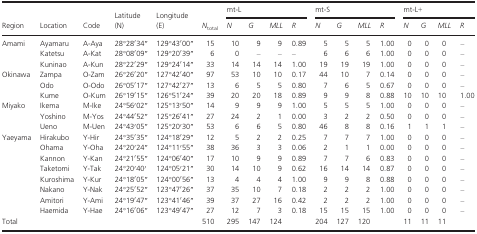
<table><thead><tr><td rowspan="2"><b>Region</b></td><td rowspan="2"><b>Location</b></td><td rowspan="2"><b>Code</b></td><td rowspan="2"><b>Latitude (N)</b></td><td rowspan="2"><b>Longitude (E)</b></td><td rowspan="2"><b><i>N</i><sub>total</sub></b></td><td colspan="4"><b>mt‐L</b></td><td colspan="4"><b>mt‐S</b></td><td colspan="4"><b>mt‐L+</b></td></tr><tr><td><b><i>N</i></b></td><td><b><i>G</i></b></td><td><b><i>MLL</i></b></td><td><b><i>R</i></b></td><td><b><i>N</i></b></td><td><b><i>G</i></b></td><td><b><i>MLL</i></b></td><td><b><i>R</i></b></td><td><b><i>N</i></b></td><td><b><i>G</i></b></td><td><b><i>MLL</i></b></td><td><b><i>R</i></b></td></tr></thead><tbody><tr><td>Amami</td><td>Ayamaru</td><td>A‐Aya</td><td>28°28′34′′</td><td>129°43′00′′</td><td>15</td><td>10</td><td>9</td><td>9</td><td>0.89</td><td>5</td><td>5</td><td>5</td><td>1.00</td><td>0</td><td>0</td><td>0</td><td>–</td></tr><tr><td></td><td>Katetsu</td><td>A‐Kat</td><td>28°08′09′′</td><td>129°20′39′′</td><td>6</td><td>0</td><td>–</td><td>–</td><td>–</td><td>6</td><td>6</td><td>6</td><td>1.00</td><td>0</td><td>0</td><td>0</td><td>–</td></tr><tr><td></td><td>Kuninao</td><td>A‐Kun</td><td>28°22′29′′</td><td>129°24′14′′</td><td>33</td><td>14</td><td>14</td><td>14</td><td>1.00</td><td>19</td><td>19</td><td>19</td><td>1.00</td><td>0</td><td>0</td><td>0</td><td>–</td></tr><tr><td>Okinawa</td><td>Zampa</td><td>O‐Zam</td><td>26°26′20′′</td><td>127°42′40′′</td><td>97</td><td>53</td><td>10</td><td>10</td><td>0.17</td><td>44</td><td>10</td><td>7</td><td>0.14</td><td>0</td><td>0</td><td>0</td><td>–</td></tr><tr><td></td><td>Odo</td><td>O‐Odo</td><td>26°05′17′′</td><td>127°42′27′′</td><td>13</td><td>6</td><td>5</td><td>5</td><td>0.80</td><td>7</td><td>6</td><td>5</td><td>0.67</td><td>0</td><td>0</td><td>0</td><td>–</td></tr><tr><td></td><td>Kume</td><td>O‐Kum</td><td>26°19′15′′</td><td>126°51′24′′</td><td>39</td><td>20</td><td>20</td><td>18</td><td>0.89</td><td>9</td><td>9</td><td>8</td><td>0.88</td><td>10</td><td>10</td><td>10</td><td>1.00</td></tr><tr><td>Miyako</td><td>Ikema</td><td>M‐Ike</td><td>24°56′02′′</td><td>125°13′50′′</td><td>14</td><td>9</td><td>9</td><td>9</td><td>1.00</td><td>5</td><td>5</td><td>5</td><td>1.00</td><td>0</td><td>0</td><td>0</td><td>–</td></tr><tr><td></td><td>Yoshino</td><td>M‐Yos</td><td>24°44′52′′</td><td>125°26′41′′</td><td>27</td><td>24</td><td>2</td><td>1</td><td>0.00</td><td>3</td><td>2</td><td>2</td><td>0.50</td><td>0</td><td>0</td><td>0</td><td>–</td></tr><tr><td></td><td>Ueno</td><td>M‐Uen</td><td>24°43′05′′</td><td>125°20′30′′</td><td>53</td><td>6</td><td>6</td><td>5</td><td>0.80</td><td>46</td><td>8</td><td>8</td><td>0.16</td><td>1</td><td>1</td><td>1</td><td>–</td></tr><tr><td>Yaeyama</td><td>Hirakubo</td><td>Y‐Hir</td><td>24°35′35′′</td><td>124°18′29′′</td><td>12</td><td>5</td><td>2</td><td>2</td><td>0.25</td><td>7</td><td>7</td><td>7</td><td>1.00</td><td>0</td><td>0</td><td>0</td><td>–</td></tr><tr><td></td><td>Ohama</td><td>Y‐Oha</td><td>24°20′24′′</td><td>124°11′55′′</td><td>38</td><td>36</td><td>3</td><td>3</td><td>0.06</td><td>2</td><td>1</td><td>1</td><td>0.00</td><td>0</td><td>0</td><td>0</td><td>–</td></tr><tr><td></td><td>Kannon</td><td>Y‐Kan</td><td>24°21′55′′</td><td>124°06′40′′</td><td>17</td><td>10</td><td>9</td><td>9</td><td>0.89</td><td>7</td><td>7</td><td>6</td><td>0.83</td><td>0</td><td>0</td><td>0</td><td>–</td></tr><tr><td></td><td>Taketomi</td><td>Y‐Tak</td><td>24°20′40′</td><td>124°05′21′′</td><td>30</td><td>14</td><td>10</td><td>9</td><td>0.62</td><td>16</td><td>14</td><td>14</td><td>0.87</td><td>0</td><td>0</td><td>0</td><td>–</td></tr><tr><td></td><td>Kuroshima</td><td>Y‐Kur</td><td>24°18′05′′</td><td>124°00′56′′</td><td>13</td><td>4</td><td>4</td><td>4</td><td>1.00</td><td>9</td><td>9</td><td>8</td><td>0.88</td><td>0</td><td>0</td><td>0</td><td>–</td></tr><tr><td></td><td>Nakano</td><td>Y‐Nak</td><td>24°25′52′′</td><td>123°47′26′′</td><td>37</td><td>35</td><td>10</td><td>7</td><td>0.18</td><td>2</td><td>2</td><td>2</td><td>1.00</td><td>0</td><td>0</td><td>0</td><td>–</td></tr><tr><td></td><td>Amitori</td><td>Y‐Ami</td><td>24°19′47′′</td><td>123°41′46′′</td><td>39</td><td>37</td><td>27</td><td>16</td><td>0.42</td><td>2</td><td>2</td><td>2</td><td>1.00</td><td>0</td><td>0</td><td>0</td><td>–</td></tr><tr><td></td><td>Haemida</td><td>Y‐Hae</td><td>24°16′06′′</td><td>123°49′47′′</td><td>27</td><td>12</td><td>7</td><td>3</td><td>0.18</td><td>15</td><td>15</td><td>15</td><td>1.00</td><td>0</td><td>0</td><td>0</td><td>–</td></tr><tr><td>Total</td><td></td><td></td><td></td><td></td><td>510</td><td>295</td><td>147</td><td>124</td><td></td><td>204</td><td>127</td><td>120</td><td></td><td>11</td><td>11</td><td>11</td><td></td></tr></tbody></table>